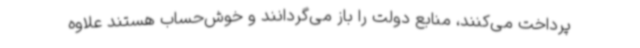
پرداخت می‌کنند، منابع دولت را باز می‌گردانند و خوش‌حساب هستند علاوه